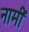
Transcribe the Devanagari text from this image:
नामीं